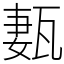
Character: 㼮